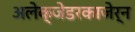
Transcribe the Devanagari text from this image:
अलेक्जेडरकाजेर्न